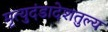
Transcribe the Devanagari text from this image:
मृत्युदंडादेशतुल्य